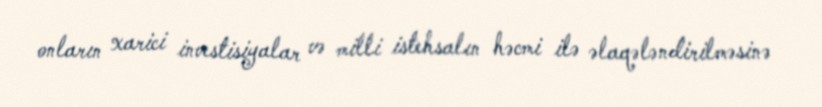
onların xarici investisiyalar və milli istehsalın həcmi ilə əlaqələndirilməsinə